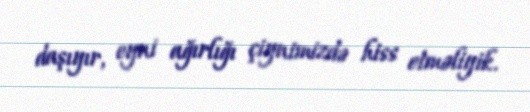
daşıyır, eyni ağırlığı çiynimizdə hiss etməliyik.